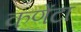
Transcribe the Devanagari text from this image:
कणेंटा